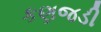
કણજડી